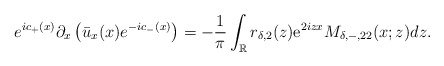
\begin{align*}e^{ic_+(x)} \partial_{x}\left(\bar{u}_x(x) e^{-ic_-(x)}\right)=-\frac{1}{\pi} \int_{\mathbb{R}} r_{\delta,2}(z) \mathrm{e}^{2 i z x} M_{\delta,-,22}(x ;z) dz.\end{align*}